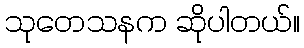
သုတေသနက ဆိုပါတယ်။